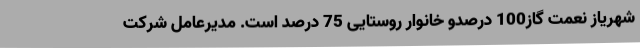
شهریاز نعمت گاز100 درصدو خانوار روستایی 75 درصد است. مدیرعامل شرکت